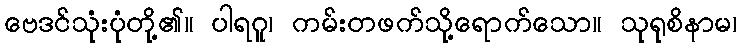
ဗေဒင်သုံးပုံတို့၏။ ပါရဂူ၊ ကမ်းတဖက်သို့ရောက်သော။ သုရုစိနာမ၊